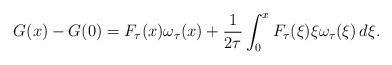
LaTeX: \begin{align*}G(x)-G(0)=F_\tau(x)\omega_\tau(x)+\frac{1}{2\tau}\int_0^x F_\tau(\xi)\xi \omega_\tau(\xi)\,d\xi.\end{align*}